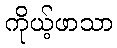
ကိုယ့်ဖာသာ